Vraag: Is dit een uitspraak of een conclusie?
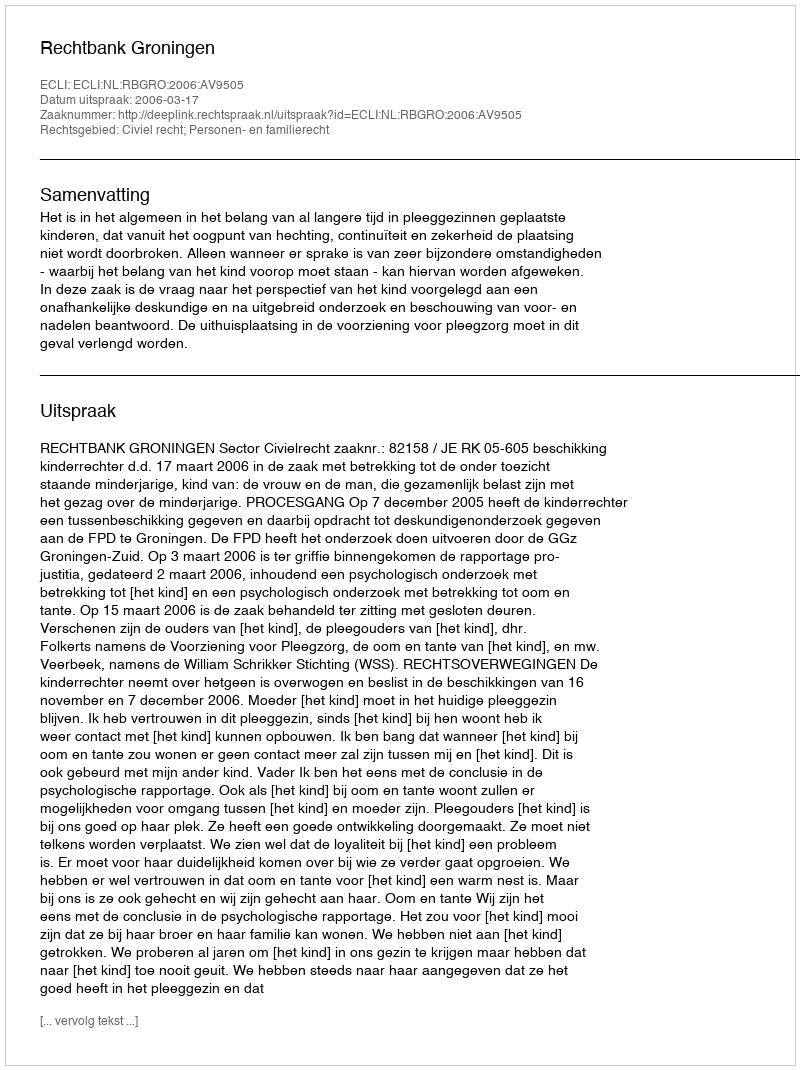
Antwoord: Uitspraak